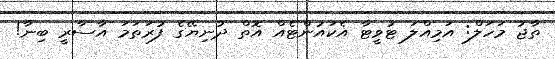
ތާޖު މަހަލް: އަމިއްލަ ޓުވީޓާ އެކައުންޓެއް އޮތް ދުނިޔޭގެ ފުރަތަމަ އާސާރީ ބިނާ!